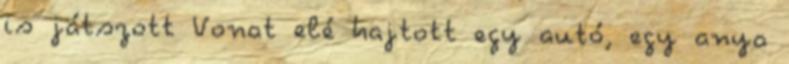
is játszott Vonat elé hajtott egy autó, egy anya